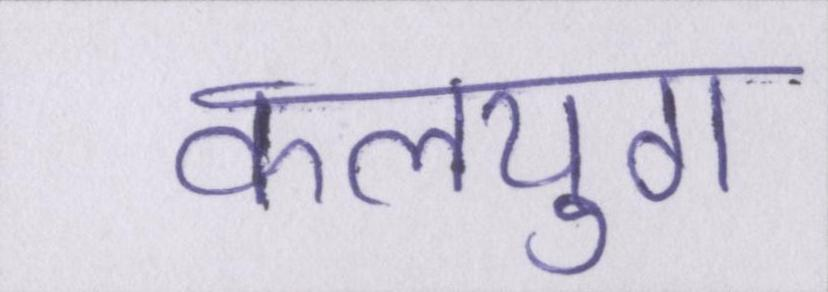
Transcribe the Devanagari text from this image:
कलयुग